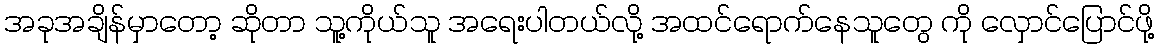
အခုအချိန်မှာတော့ ဆိုတာ သူ့ကိုယ်သူ အရေးပါတယ်လို့ အထင်ရောက်နေသူတွေ ကို လှောင်ပြောင်ဖို့